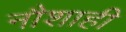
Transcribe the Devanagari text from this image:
नौशाही